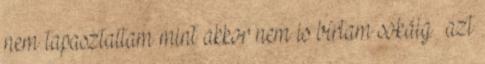
nem tapasztaltam mint akkor nem is bírtam sokáig –azt